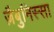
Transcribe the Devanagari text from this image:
ज़ैबुनिस्सा